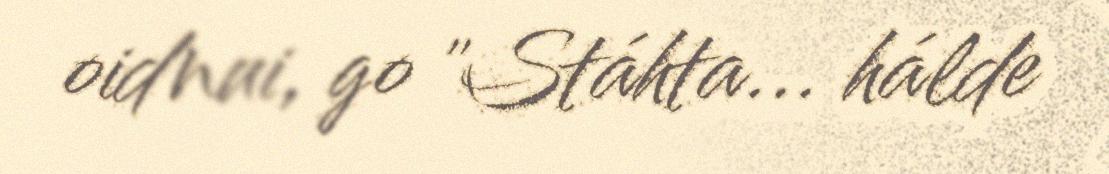
oidnui, go "Stáhta... hálde